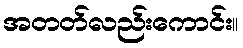
အတတ်လည်းကောင်း။